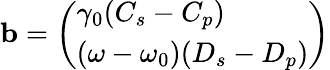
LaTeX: \begin{array}{r}{\mathbf{b}=\left(\begin{array}{l}{\gamma_{0}(C_{s}-C_{p})}\\ {(\omega-\omega_{0})(D_{s}-D_{p})}\end{array}\right)}\end{array}